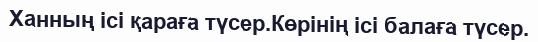
Ханның ісі қараға түсер.Көрінің ісі балаға түсер.